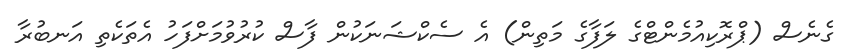
ގެނެސް (ޕްރޮކިއުމެންޓްގެ ލަފާގެ މަތިން) އެ ސެކްޝަނަކުން ފާސް ކުރުވުމަށްފަހު އެތަކެތި އަނބުރާ